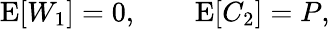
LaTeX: \begin{array}{r}{\operatorname{E}[W_{1}]=0,\qquad\operatorname{E}[C_{2}]=P,}\end{array}